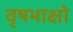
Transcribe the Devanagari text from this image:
वृषभाक्षो